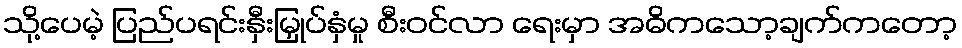
သို့ပေမဲ့ ပြည်ပရင်းနှီးမြှုပ်နှံမှု စီးဝင်လာ ရေးမှာ အဓိကသော့ချက်ကတော့